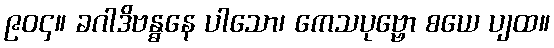
၉၀၄။ ခဂါဒိဗန္ဓနေ ပါသော၊ ကေသပုဗ္ဗော စယေ ပျထ။